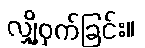
လျှို့ဝှက်ခြင်း။